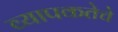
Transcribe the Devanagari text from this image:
व्यापकतेचे